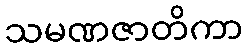
သမဏဇာတိကာ